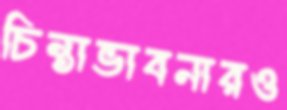
চিন্তাভাবনারও